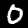
Digit: 0